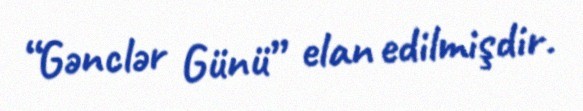
“Gənclər Günü” elan edilmişdir.